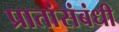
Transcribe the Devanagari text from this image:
प्रातांसंबंधी